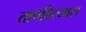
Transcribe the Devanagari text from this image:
तापविल्यास